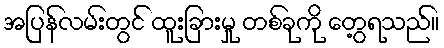
အပြန်လမ်းတွင် ထူးခြားမှု တစ်ခုကို တွေ့ရသည်။